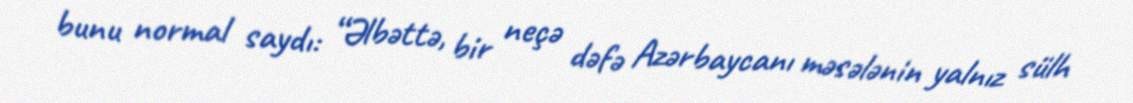
bunu normal saydı: “Əlbəttə, bir neçə dəfə Azərbaycanı məsələnin yalnız sülh